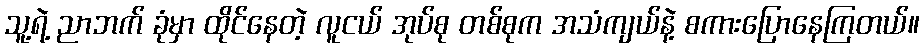
သူ့ရဲ့ ညာဘက် ခုံမှာ ထိုင်နေတဲ့ လူငယ် အုပ်စု တစ်စုက အသံကျယ်နဲ့ စကားပြောနေကြတယ်။